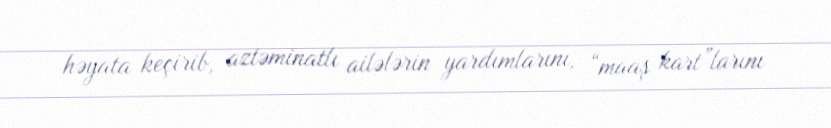
həyata keçirib, aztəminatlı ailələrin yardımlarını, “maaş kart”larını